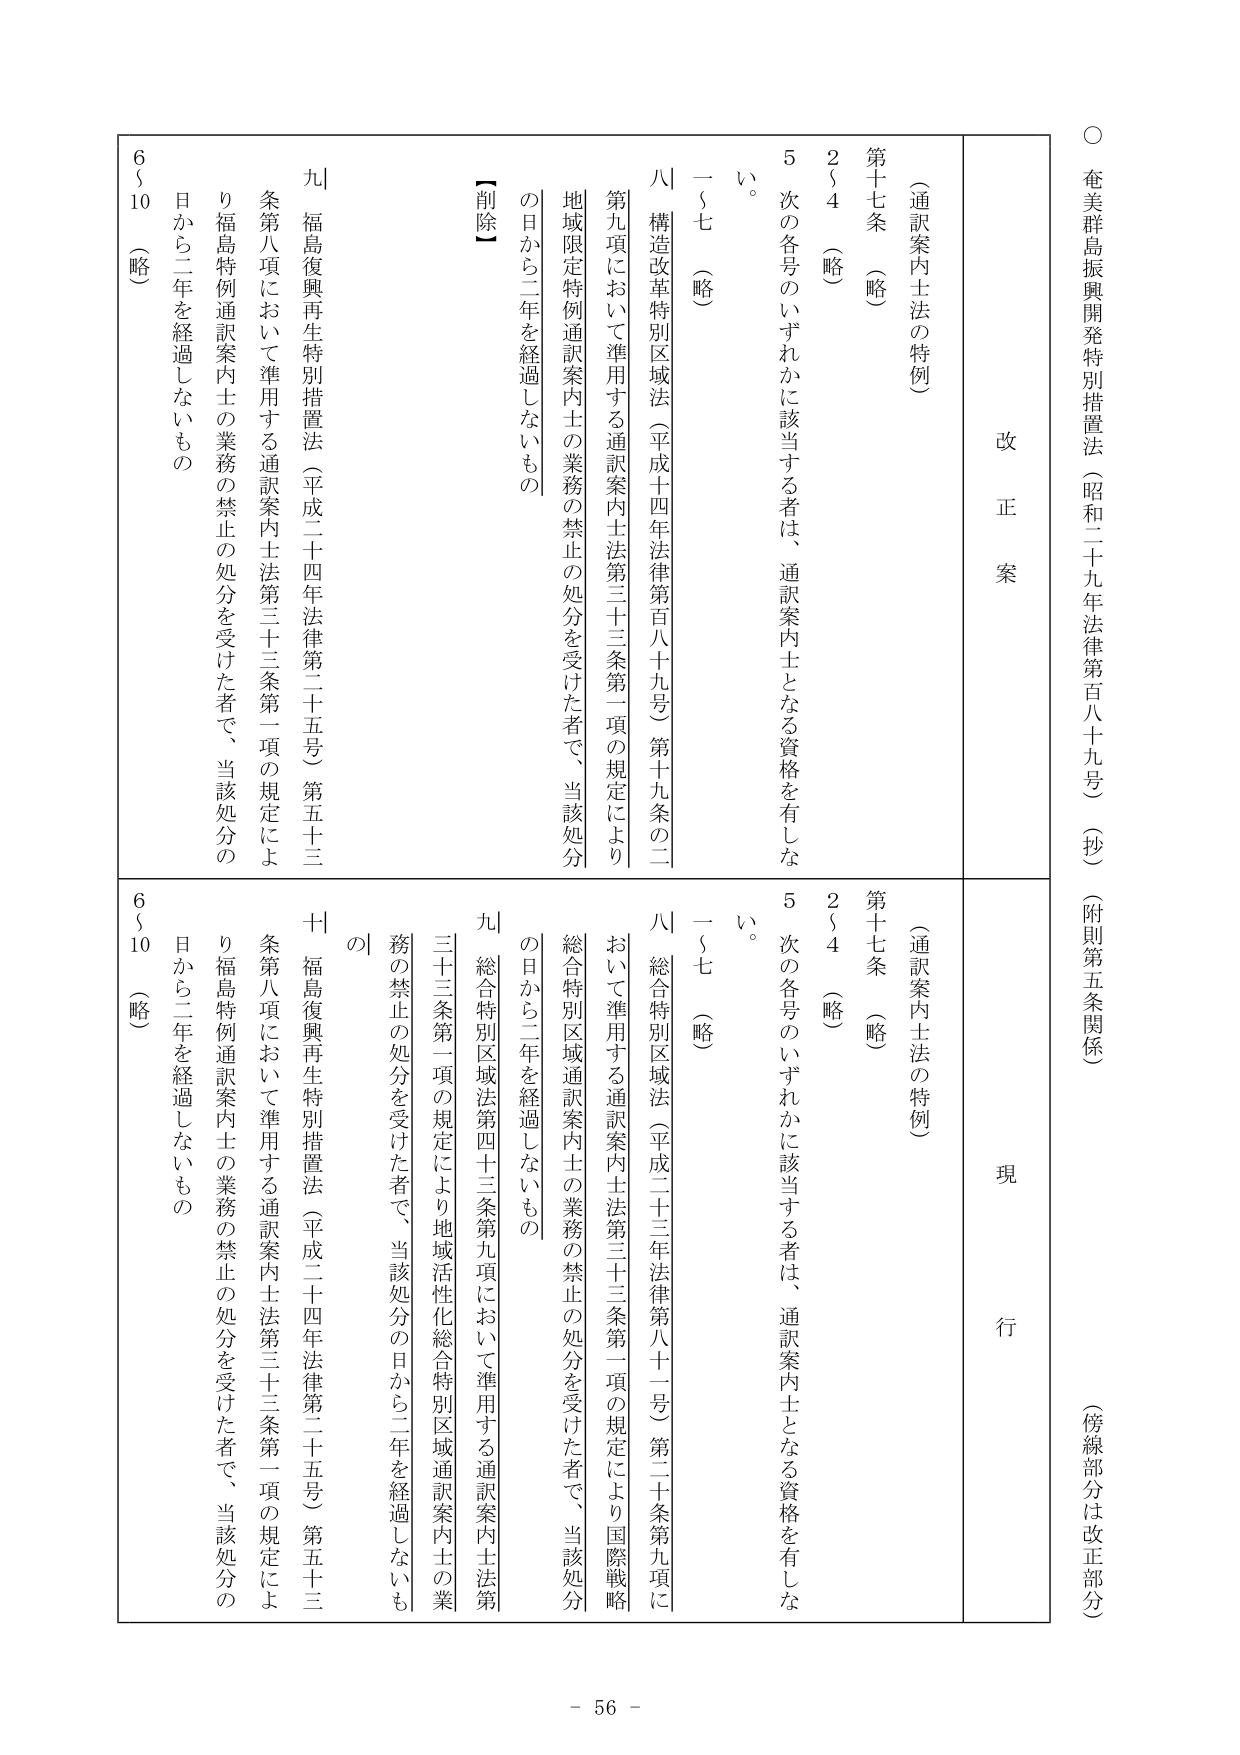
○ 奄美群島振興開発特別措置法（昭和二十九年法律第百八十九号）（抄）（附則第五条関係）（傍線部分は改正部分）

改正案

（通訳案内士法の特例）

第十七条 （略）

２～４ （略）

５ 次の各号のいずれかに該当する者は、通訳案内士となる資格を有しない。

一～七 （略）

八 構造改革特別区域法（平成十四年法律第百八十九号）第十九条の二第九項において準用する通訳案内士法第三十三条第一項の規定により地域限定特例通訳案内士の業務の禁止の処分を受けた者で、当該処分の日から二年を経過しないもの

九 福島復興再生特別措置法（平成二十四年法律第二十五号）第五十三条第八項において準用する通訳案内士法第三十三条第一項の規定により福島特例通訳案内士の業務の禁止の処分を受けた者で、当該処分の日から二年を経過しないもの

６～10 （略）

現行

（通訳案内士法の特例）

第十七条 （略）

２～４ （略）

５ 次の各号のいずれかに該当する者は、通訳案内士となる資格を有しない。

一～七 （略）

八 総合特別区域法（平成二十三年法律第八十一号）第二十条第九項において準用する通訳案内士法第三十三条第一項の規定により国際戦略総合特別区域通訳案内士の業務の禁止の処分を受けた者で、当該処分の日から二年を経過しないもの

九 総合特別区域法第四十三条第九項において準用する通訳案内士法第三十三条第一項の規定により地域活性化総合特別区域通訳案内士の業務の禁止の処分を受けた者で、当該処分の日から二年を経過しないもの

十 福島復興再生特別措置法（平成二十四年法律第二十五号）第五十三条第八項において準用する通訳案内士法第三十三条第一項の規定により福島特例通訳案内士の業務の禁止の処分を受けた者で、当該処分の日から二年を経過しないもの

６～10 （略）

- 56 -